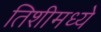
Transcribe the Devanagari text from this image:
तिशीमध्ये